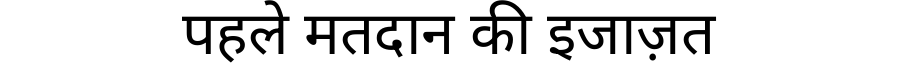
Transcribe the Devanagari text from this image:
पहले मतदान की इजाज़त